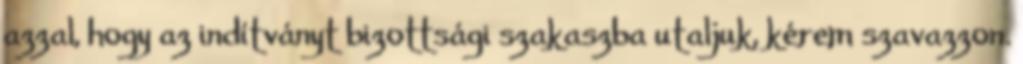
azzal, hogy az indítványt bizottsági szakaszba utaljuk, kérem szavazzon.